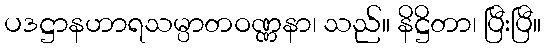
ပဒဋ္ဌာနဟာရသမ္ပာတဝဏ္ဏနာ၊ သည်။ နိဋ္ဌိတာ၊ ပြီးပြီ။